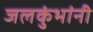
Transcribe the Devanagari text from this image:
जलकुंभांनी